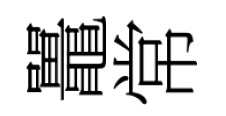
鼉常